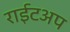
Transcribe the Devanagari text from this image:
राईटअप